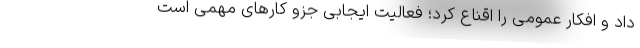
داد و افکار عمومی را اقناع کرد؛ فعالیت ایجابی جزو کارهای مهمی است